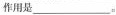
作用是___。